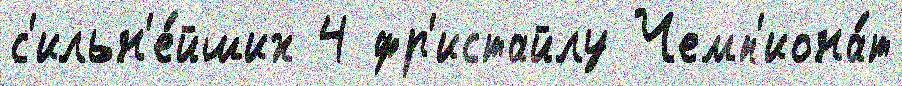
с'ильн'е́йших 4 фр'истайлу Чемп'иона́т